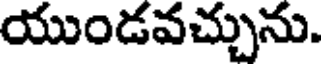
యుండవచ్చును.